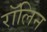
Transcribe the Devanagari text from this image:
रॉलिन